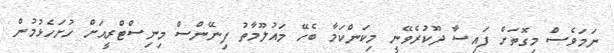
ނަމަވެސް މިގޮތަށް ފައިސާ ދޫކުރެވޭނީ މިކަންކަމާ ބެހޭ މައުލޫމާތު ފިނޭންސް މިނިސްޓްރީއަށް ހުށަހެޅުމުން